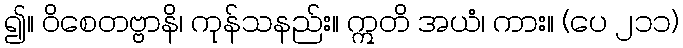
၍။ ဝိစေတဗ္ဗာနိ၊ ကုန်သနည်း။ ဣတိ အယံ၊ ကား။ (ပေ ၂၁၁)